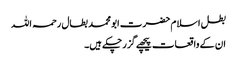
بطل اسلام حضرت ابو محمد بطال رحمہ اللہ​
ان کے واقعات پیچھے گزر چکے ہیں۔